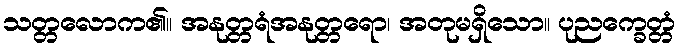
သတ္တလောက၏။ အနုတ္တရံအနုတ္တရော၊ အတုမရှိသော။ ပုညက္ခေတ္တံ